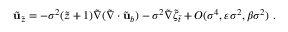
\tilde { \mathbf { u } } _ { \tilde { z } } = - \sigma ^ { 2 } ( \tilde { z } + 1 ) \tilde { \nabla } ( \tilde { \nabla } \cdot \tilde { \mathbf { u } } _ { b } ) - \sigma ^ { 2 } \tilde { \nabla } \tilde { \zeta } _ { \tilde { t } } + O ( \sigma ^ { 4 } , \varepsilon \sigma ^ { 2 } , \beta \sigma ^ { 2 } ) \ .